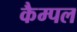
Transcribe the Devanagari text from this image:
कैम्पल